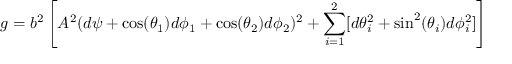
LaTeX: g = b ^ { 2 } \left[ A ^ { 2 } ( d \psi + \cos ( \theta _ { 1 } ) d \phi _ { 1 } + \cos ( \theta _ { 2 } ) d \phi _ { 2 } ) ^ { 2 } + \sum _ { i = 1 } ^ { 2 } [ d \theta _ { i } ^ { 2 } + \sin ^ { 2 } ( \theta _ { i } ) d \phi _ { i } ^ { 2 } ] \right]